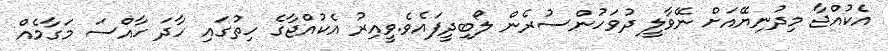
އެކުއްޖާ މިދުނިޔޭއަށް ނޭވާލީ ދުވަހުންސުރެން ލޯބިދީފައެވެ.ވީއިރު އެކުއްޖާގެ ހިތުގައި ހާދަ ހާއްސަ މަގާމެއް